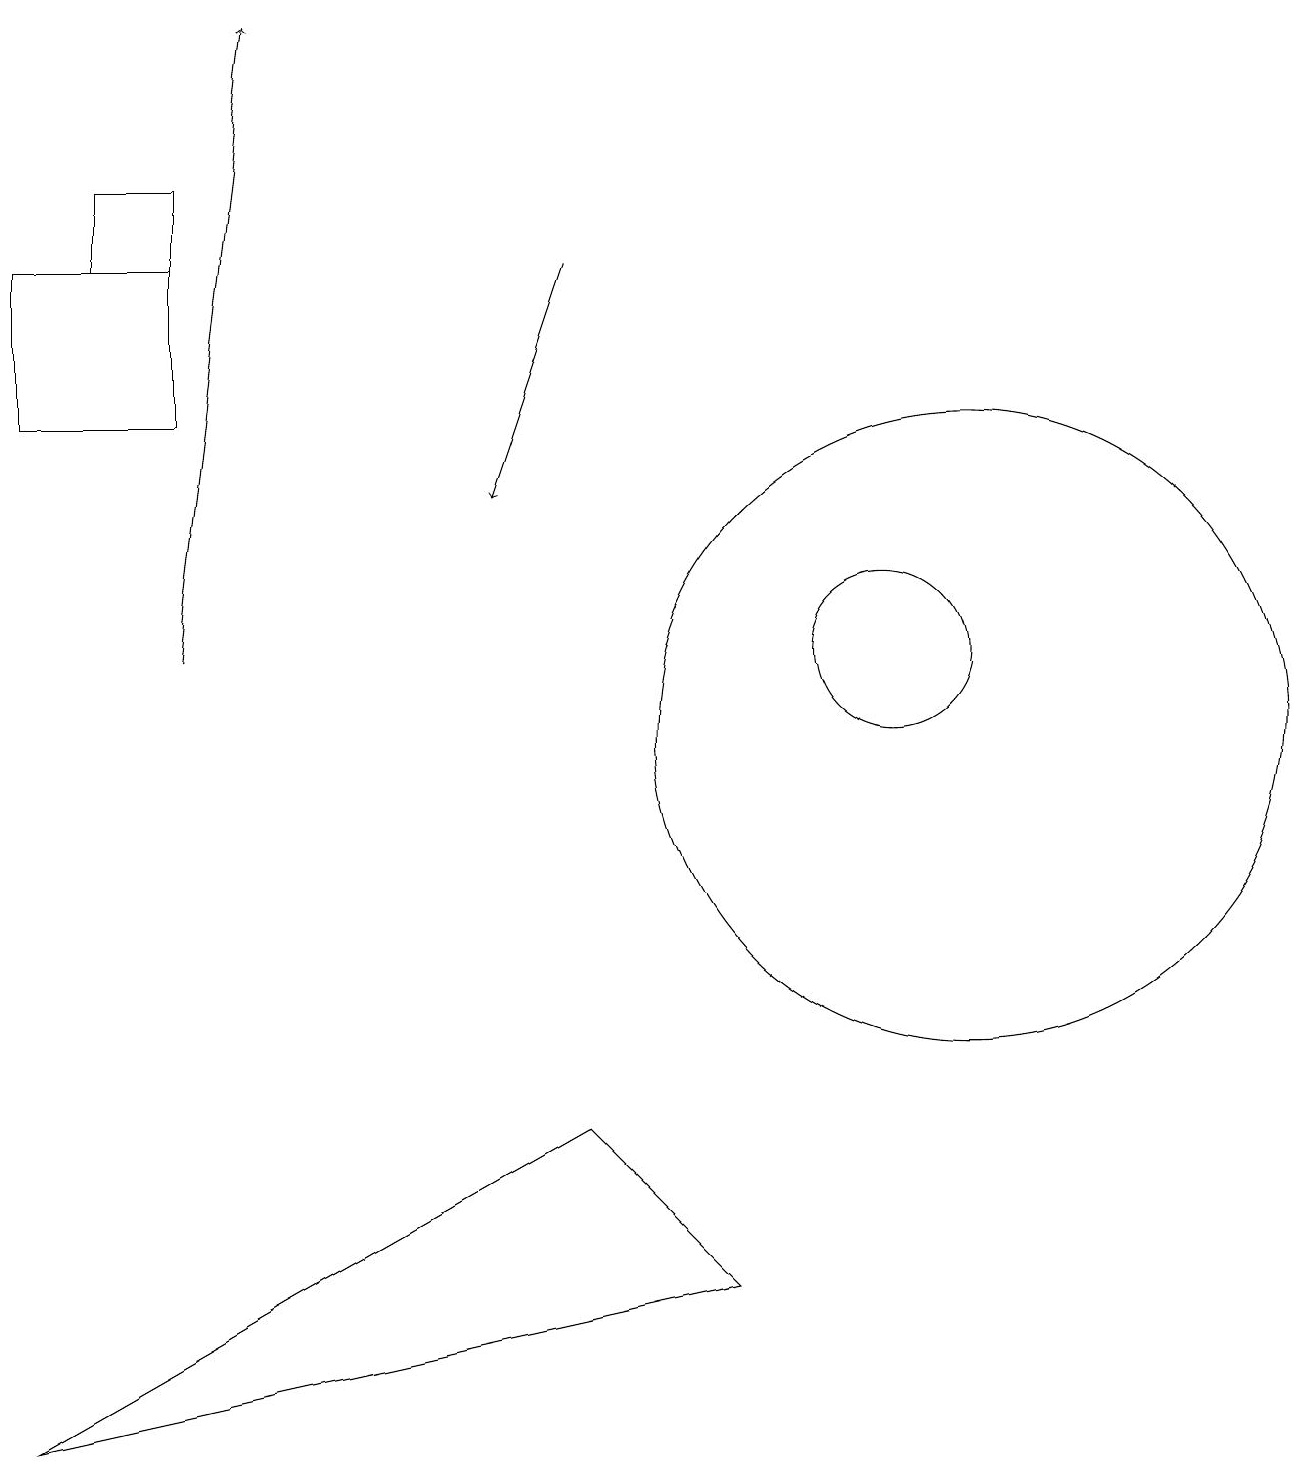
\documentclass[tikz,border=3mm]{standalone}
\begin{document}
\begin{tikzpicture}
\draw[->] (2,11) -- (3,19);
\draw (12,12) circle (0);
\draw (11,11) circle (1);
\draw (12,10) circle (4);
\draw (2,16) rectangle (0,14);
\draw (2,17) rectangle (1,16);
\draw[->] (7,16) -- (6,13);
\draw (7,5) -- (9,3) -- (0,1) -- cycle;
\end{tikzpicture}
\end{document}